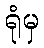
ရုံမှ